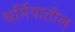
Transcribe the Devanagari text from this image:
धर्मियातील